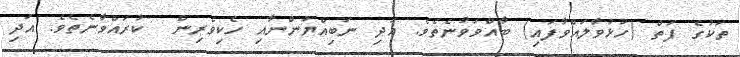
ތަކުގެ ފަތް (ހުޅުވާލައްވާފައި) ބާއްވަވާނެތެވެ. އަދި ނަބިއްޔުންނާއި ހެކިވެރިން  ކުރައްވާނެތެވެ. އަދި